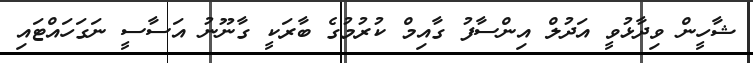
ޝާހީން ވިދާޅުވީ އަދުލް އިންސާފު ގާއިމް ކުރުމުގެ ބާރަކީ ގާނޫނު އަސާސީ ނަގަހައްޓައި